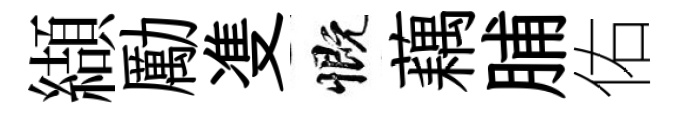
纈勵㕠慨藕脯佑